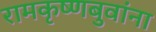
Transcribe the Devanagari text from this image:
रामकृष्णबुवांना